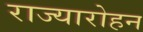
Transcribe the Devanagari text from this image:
राज्यारोहन